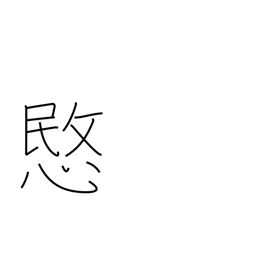
Meaning: pity